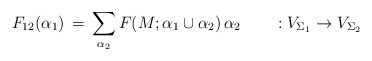
\begin{align*}F_{12}(\alpha_1)\,=\,\sum_{\alpha_2}F(M;\alpha_1\cup\alpha_2)\,\alpha_2\qquad : V_{\Sigma_1}\rightarrow V_{\Sigma_2}\end{align*}